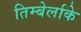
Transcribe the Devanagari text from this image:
तिम्बेर्लाके